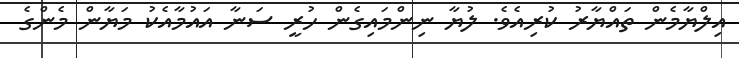
އިލްޔާމެން ތައްޔާރު ކުރިއެވެ. ލުޔާ ނިންމައިގެން ހުރީ ސަނާ އައުމާއެކު މަޔާން މެންގެ